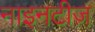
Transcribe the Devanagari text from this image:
नाइनटीज़